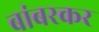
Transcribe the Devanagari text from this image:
बांबरकर